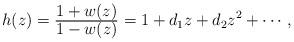
LaTeX: \begin{align*}h(z)=\tfrac{\displaystyle 1+w(z)}{\displaystyle 1-w(z)}=1+d_1z+d_2z^2+\cdots,\end{align*}